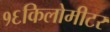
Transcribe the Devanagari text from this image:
१६किलोमीटर